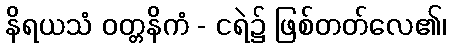
နိရယသံ ဝတ္တနိကံ - ငရဲ၌ ဖြစ်တတ်လေ၏၊